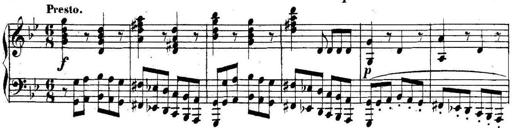
Title: Collected Piano Sonatas
Composer: Muzio Clementi